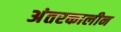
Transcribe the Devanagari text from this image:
अंतरकालीन